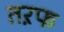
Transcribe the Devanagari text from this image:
तऱफ